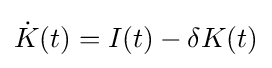
{\dot {K}}(t)=I(t)-\delta K(t)